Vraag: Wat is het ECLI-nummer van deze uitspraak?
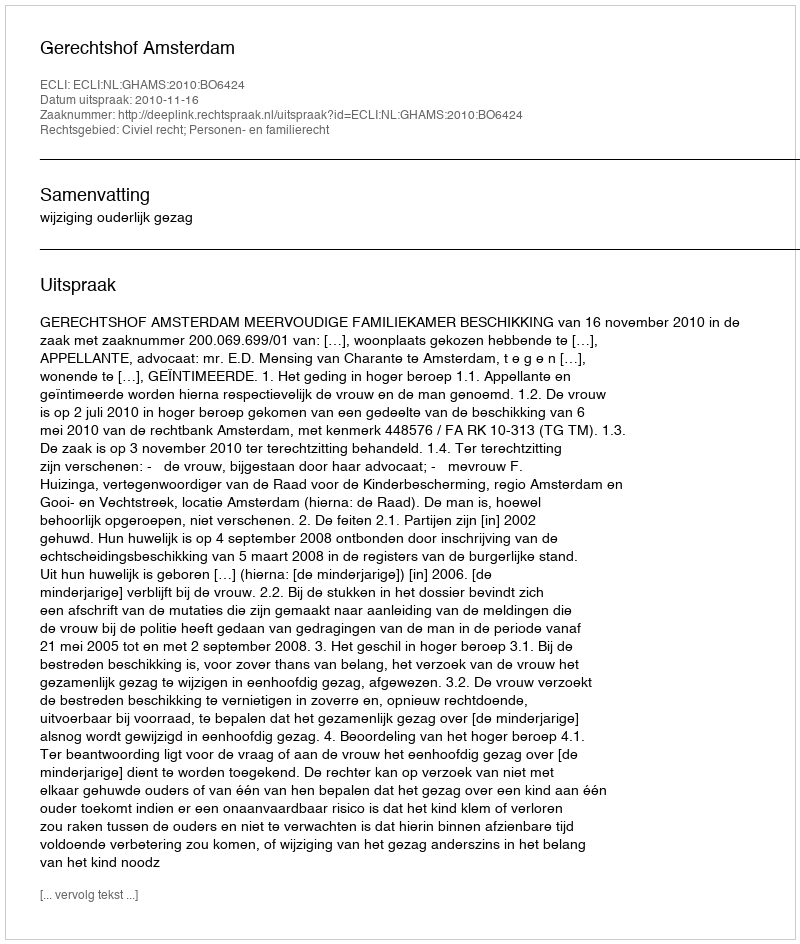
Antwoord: ECLI:NL:GHAMS:2010:BO6424